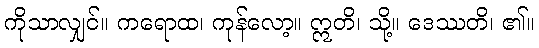
ကိုသာလျှင်။ ကရောထ၊ ကုန်လော့။ ဣတိ၊ သို့။ ဒေဿတိ၊ ၏။